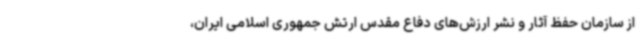
از سازمان حفظ آثار و نشر ارزش‌های دفاع مقدس ارتش جمهوری اسلامی ایران،